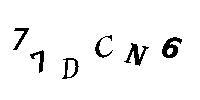
77DCN6